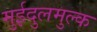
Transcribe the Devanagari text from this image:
मुईदुलमुल्क